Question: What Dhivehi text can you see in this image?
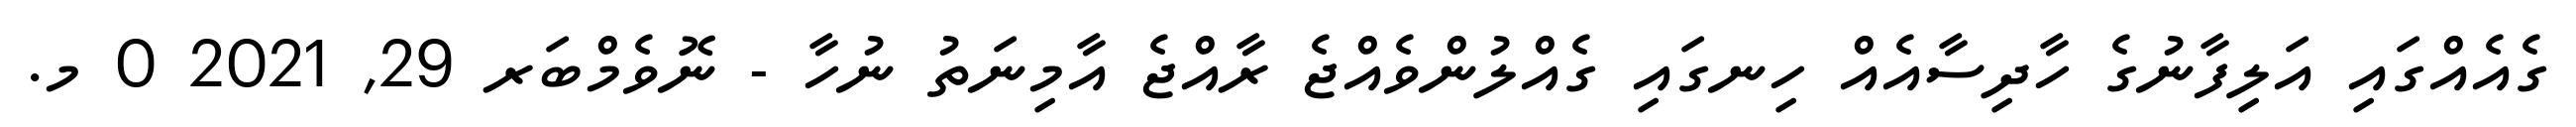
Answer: ގެއެއްގައި އަލިފާނުގެ ހާދިސާއެއް ހިނގައި ގެއްލުންވެއްޖެ ރާއްޖެ އާމިނަތު ނުހާ - ނޮވެމްބަރ 29, 2021 0 މ.